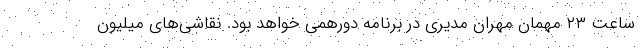
ساعت ۲۳ مهمان مهران مدیری در برنامه دورهمی خواهد بود. نقاشی‌های میلیون